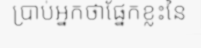
ប្រាប់អ្នកថាផ្នែកខ្លះនៃ